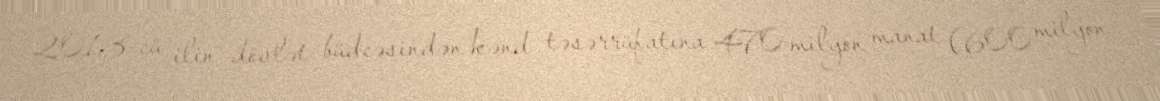
2013-cü ilin dövlət büdcəsindən kənd təsərrüfatına 470 milyon manat (600 milyon